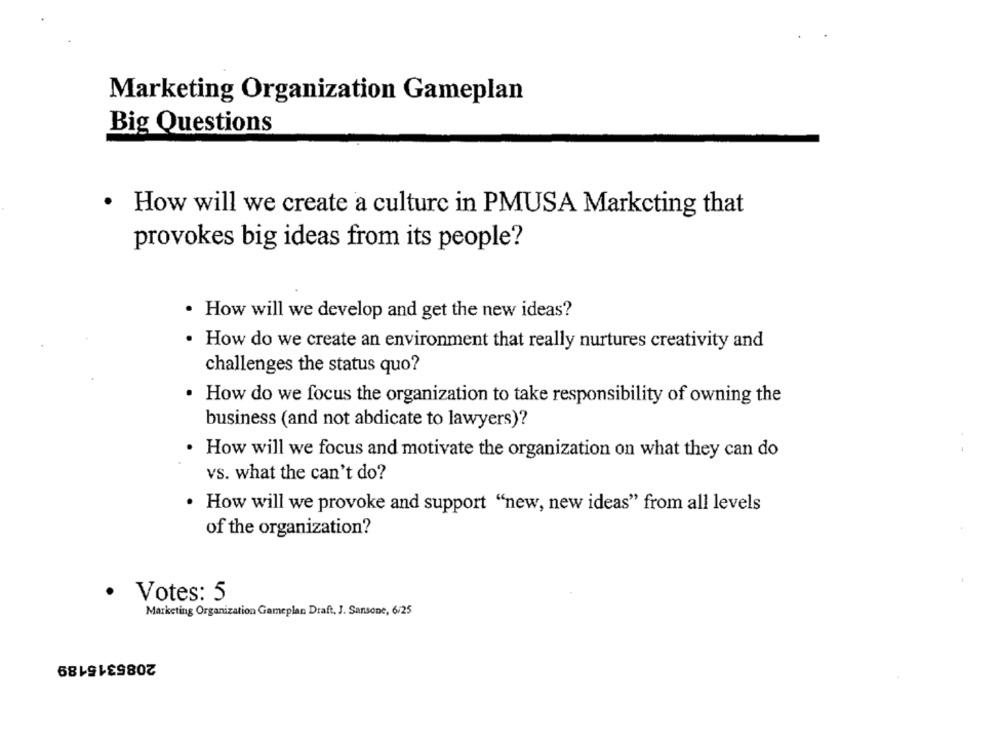
Marketing Organization Gameplan
Big Questions
· How will we create a culture in PMUSA Marketing that
provokes big ideas from its people?
. How will we develop and get the new ideas?
. How do we create an environment that really nurtures creativity and
challenges the status quo?
. How do we focus the organization to take responsibility of owning the
business (and not abdicate to lawyers)?
How will we focus and motivate the organization on what they can do
vs. what the can't do?
· How will we provoke and support "new, new ideas" from all levels
of the organization?
.
Votes: 5
Marketing Organization Gameplan Draft, J. Sansone, 6/25
2085315189